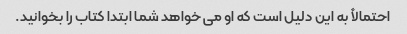
احتمالاً به این دلیل است که او می خواهد شما ابتدا کتاب را بخوانید.